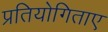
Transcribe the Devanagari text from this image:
प्रतियोगिताए